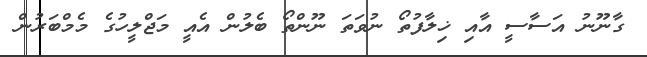
ގާނޫނު އަސާސީ އާއި ޚިލާފުތޯ ނުވަތަ ނޫންތޯ ބެލުން އެއީ މަޖްލީހުގެ މެމްބަރުން